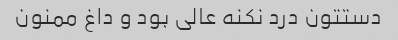
دستتون درد نکنه عالی بود و داغ ممنون